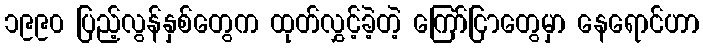
၁၉၉၀ ပြည့်လွန်နှစ်တွေက ထုတ်လွှင့်ခဲ့တဲ့ ကြော်ငြာတွေမှာ နေရောင်ဟာ